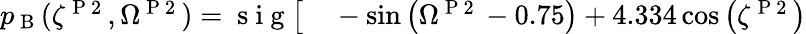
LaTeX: \begin{array}{rl}{p_{\mathrm{~B~}}(\zeta^{\mathrm{~P~2~}},\Omega^{\mathrm{~P~2~}})=\mathrm{~s~i~g~}\bigl[}&{{}-\sin{\left(\Omega^{\mathrm{~P~2~}}-0.75\right)}+4.334\cos{\left(\zeta^{\mathrm{~P~2~}}\right)}}\end{array}